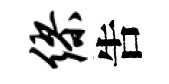
缪吿